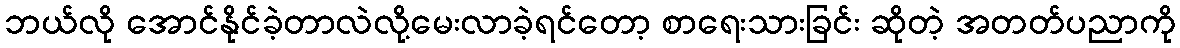
ဘယ်လို အောင်နိုင်ခဲ့တာလဲလို့မေးလာခဲ့ရင်တော့ စာရေးသားခြင်း ဆိုတဲ့ အတတ်ပညာကို